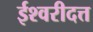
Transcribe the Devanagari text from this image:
ईश्वरीदत्त